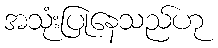
အသုံးပြုနေသည်ဟု